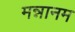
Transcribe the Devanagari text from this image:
मन्नानम